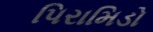
પિરામિડો